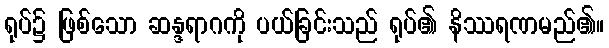
ရုပ်၌ ဖြစ်သော ဆန္ဒရာဂကို ပယ်ခြင်းသည် ရုပ်၏ နိဿရဏမည်၏။